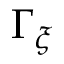
\Gamma _ { \xi }